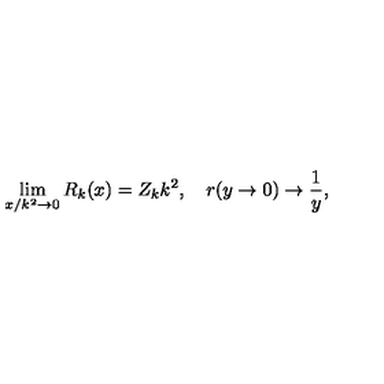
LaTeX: \lim _ { x / k ^ { 2 } \to 0 } R _ { k } ( x ) = Z _ { k } k ^ { 2 } , \quad r ( y \to 0 ) \to \frac { 1 } { y } ,